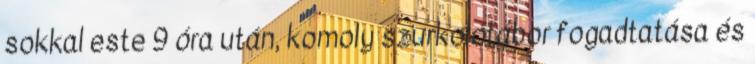
sokkal este 9 óra után, komoly szurkolótábor fogadtatása és